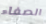
الصفاء